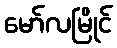
မော်လမြိုင်